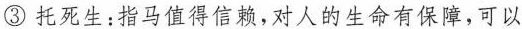
③托死生：指马值得信赖，对人的生命有保障，可以